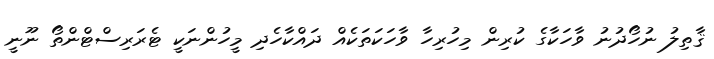
ޤާތިލު ނުހޯދުނު ވާހަކާގެ ކުރިން މިހުރިހާ ވާހަކަތަކެއް ދައްކާހެދި މީހުންނަކީ ޓެރަރިސްޓްންތޯ ނޫނީ